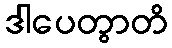
ဒါပေတွာတိ